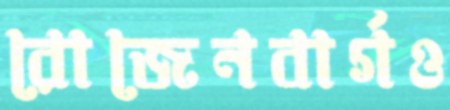
রোজেনবার্গও